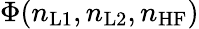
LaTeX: \Phi(n_{\mathrm{L1}},n_{\mathrm{L2}},n_{\mathrm{HF}})